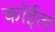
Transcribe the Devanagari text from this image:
कॉईल